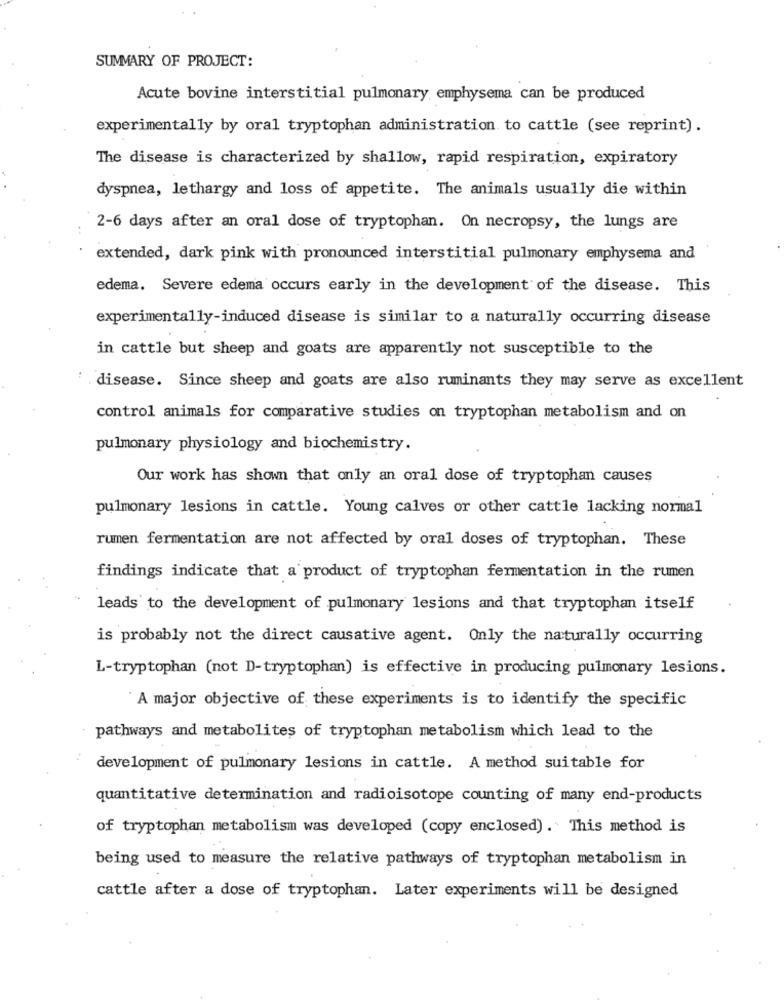
SUMMARY OF PROJECT:
Acute bovine interstitial pulmonary emphysema can be produced
experimentally by oral tryptophan administration to cattle (see reprint).
The disease is characterized by shallow, rapid respiration, expiratory
dyspnea, lethargy and loss of appetite. The animals usually die within
2-6 days after an oral dose of tryptophan. On necropsy, the lungs are
extended, dark pink with pronounced interstitial pulmonary emphysema and
edema. Severe edema occurs early in the development of the disease. This
experimentally-induced disease is similar to a naturally occurring disease
in cattle but sheep and goats are apparently not susceptible to the
disease. Since sheep and goats are also ruminants they may serve as excellent
control animals for comparative studies on tryptophan metabolism and on
pulmonary physiology and biochemistry.
Our work has shown that only an oral dose of tryptophan causes
pulmonary lesions in cattle. Young calves or other cattle lacking normal
rumen fermentation are not affected by oral doses of tryptophan. These
findings indicate that a product of tryptophan fermentation in the rumen
leads to the development of pulmonary lesions and that tryptophan itself
is probably not the direct causative agent. Only the naturally occurring
L-tryptophan (not D-tryptophan) is effective in producing pulmonary lesions.
A major objective of these experiments is to identify the specific
pathways and metabolites of tryptophan metabolism which lead to the
..
development of pulmonary lesions in cattle. A method suitable for
quantitative determination and radioisotope counting of many end-products
of tryptophan metabolism was developed (copy enclosed). This method is
being used to measure the relative pathways of tryptophan metabolism in
cattle after a dose of tryptophan. Later experiments will be designed